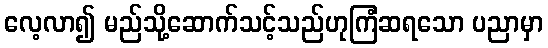
လေ့လာ၍ မည်သို့ဆောက်သင့်သည်ဟုကြံဆရသော ပညာမှာ